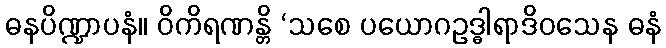
ဓနပိဏ္ဍာပနံ။ ဝိကိရဏန္တိ ‘သစေ ပယောဂဥဒ္ဓါရာဒိဝသေန ဓနံ